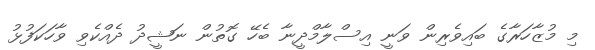
މި މުޒާހަރާގެ ބައިވެރިން ވަނީ އިސްލާމްދީނާ ބެހޭ ގޮތުން ނަޝީދު ދެއްކެވި ވާހަކަފުޅު